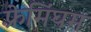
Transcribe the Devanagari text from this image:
फ़्रेमिंघम